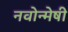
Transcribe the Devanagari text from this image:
नवोन्‍मेषी